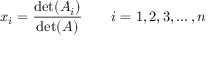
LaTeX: x _ { i } = { \frac { \operatorname* { d e t } ( A _ { i } ) } { \operatorname* { d e t } ( A ) } } \qquad i = 1 , 2 , 3 , \ldots , n